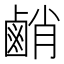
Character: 䴛